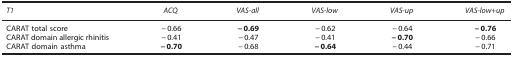
| T1 | ACQ | VAS-all | VAS-low | VAS-up | VAS-low+up |
 | --- | --- | --- | --- | --- | --- |
 | CARAT total score | −0.66 | −0.69 | −0.62 | −0.64 | −0.76 |
 | CARAT domain allergic rhinitis | −0.41 | −0.47 | −0.41 | −0.70 | −0.66 |
 | CARAT domain asthma | −0.70 | −0.68 | −0.64 | −0.44 | −0.71 |